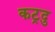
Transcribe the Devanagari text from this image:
कट्रदु